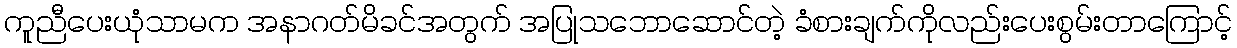
ကူညီပေးယုံသာမက အနာဂတ်မိခင်အတွက် အပြုသဘောဆောင်တဲ့ ခံစားချက်ကိုလည်းပေးစွမ်းတာကြောင့်